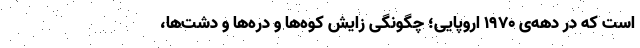
است که در دهه‌ی ۱۹۷۰ اروپایی؛ چگونگی زایش کوه‌ها و دره‌ها و دشت‌ها،